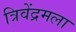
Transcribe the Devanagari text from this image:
त्रिवेंद्रमला